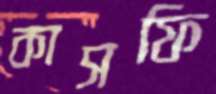
কাসফি